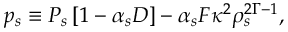
p _ { s } \equiv P _ { s } \left[ 1 - \alpha _ { s } D \right] - \alpha _ { s } F \kappa ^ { 2 } \rho _ { s } ^ { 2 \Gamma - 1 } ,